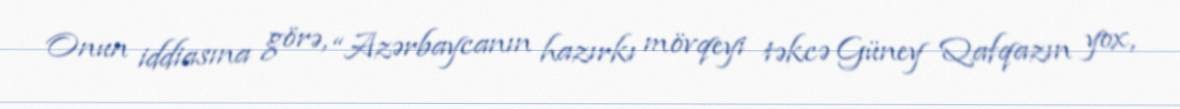
Onun iddiasına görə, “Azərbaycanın hazırkı mövqeyi təkcə Güney Qafqazın yox,